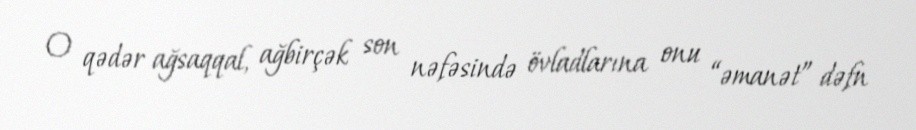
O qədər ağsaqqal, ağbirçək son nəfəsində övladlarına onu “əmanət” dəfn